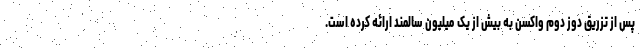
پس از تزریق دوز دوم واکسن به بیش از یک میلیون سالمند ارائه کرده است.